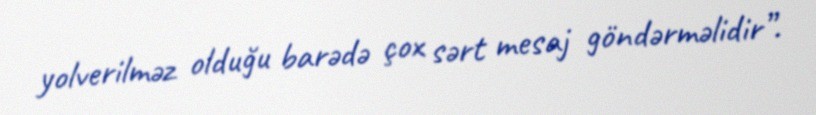
yolverilməz olduğu barədə çox sərt mesaj göndərməlidir”.